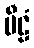
မီဠံ